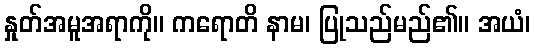
နှုတ်အမူအရာကို။ ကရောတိ နာမ၊ ပြုသည်မည်၏။ အယံ၊